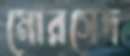
মোরসেদ